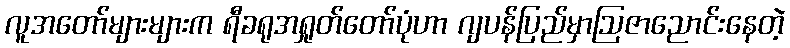
လူအတော်များများက ရီခရုအရှုတ်တော်ပုံဟာ ဂျပန်ပြည်မှာဩဇာညောင်းနေတဲ့